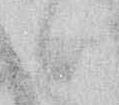
候